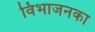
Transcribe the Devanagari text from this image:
विभाजनका